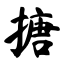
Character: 搪